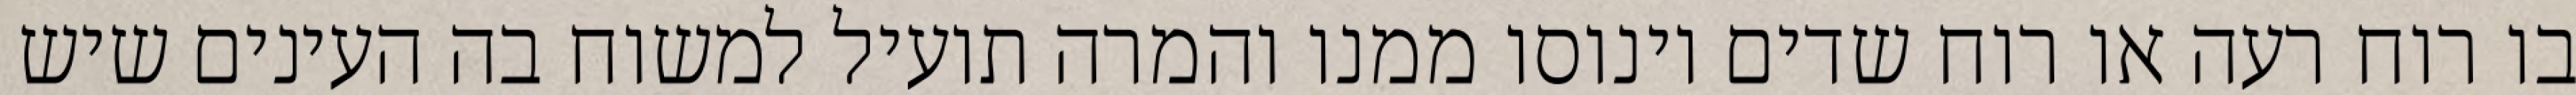
בו רוח רעה או רוח שדים וינוסו ממנו והמרה תועיל למשוח בה העינים שיש